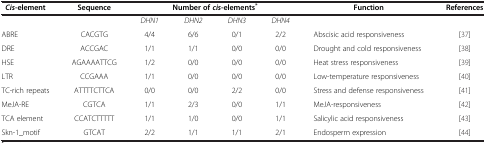
<table><thead><tr><td><b><i>Cis</i>-element</b></td><td><b>Sequence</b></td><td colspan="4"><b>Number of<i>cis</i>-elements<sup>*</sup></b></td><td><b>Function</b></td><td><b>References</b></td></tr></thead><tbody><tr><td> </td><td> </td><td><i>DHN1</i></td><td><i>DHN2</i></td><td><i>DHN3</i></td><td><i>DHN4</i></td><td> </td><td> </td></tr><tr><td>ABRE</td><td>CACGTG</td><td>4/4</td><td>6/6</td><td>0/1</td><td>2/2</td><td>Abscisic acid responsiveness</td><td>[37]</td></tr><tr><td>DRE</td><td>ACCGAC</td><td>1/1</td><td>1/1</td><td>0/0</td><td>0/0</td><td>Drought and cold responsiveness</td><td>[38]</td></tr><tr><td>HSE</td><td>AGAAAATTCG</td><td>1/2</td><td>0/0</td><td>0/0</td><td>0/0</td><td>Heat stress responsiveness</td><td>[39]</td></tr><tr><td>LTR</td><td>CCGAAA</td><td>1/1</td><td>0/0</td><td>0/0</td><td>0/0</td><td>Low-temperature responsiveness</td><td>[40]</td></tr><tr><td>TC-rich repeats</td><td>ATTTTCTTCA</td><td>0/0</td><td>0/0</td><td>2/2</td><td>0/0</td><td>Stress and defense responsiveness</td><td>[41]</td></tr><tr><td>MeJA-RE</td><td>CGTCA</td><td>1/1</td><td>2/3</td><td>0/0</td><td>1/1</td><td>MeJA-responsiveness</td><td>[42]</td></tr><tr><td>TCA element</td><td>CCATCTTTTT</td><td>1/1</td><td>1/0</td><td>0/0</td><td>1/1</td><td>Salicylic acid responsiveness</td><td>[43]</td></tr><tr><td>Skn-1_motif</td><td>GTCAT</td><td>2/2</td><td>1/1</td><td>1/1</td><td>2/1</td><td>Endosperm expression</td><td>[44]</td></tr></tbody></table>